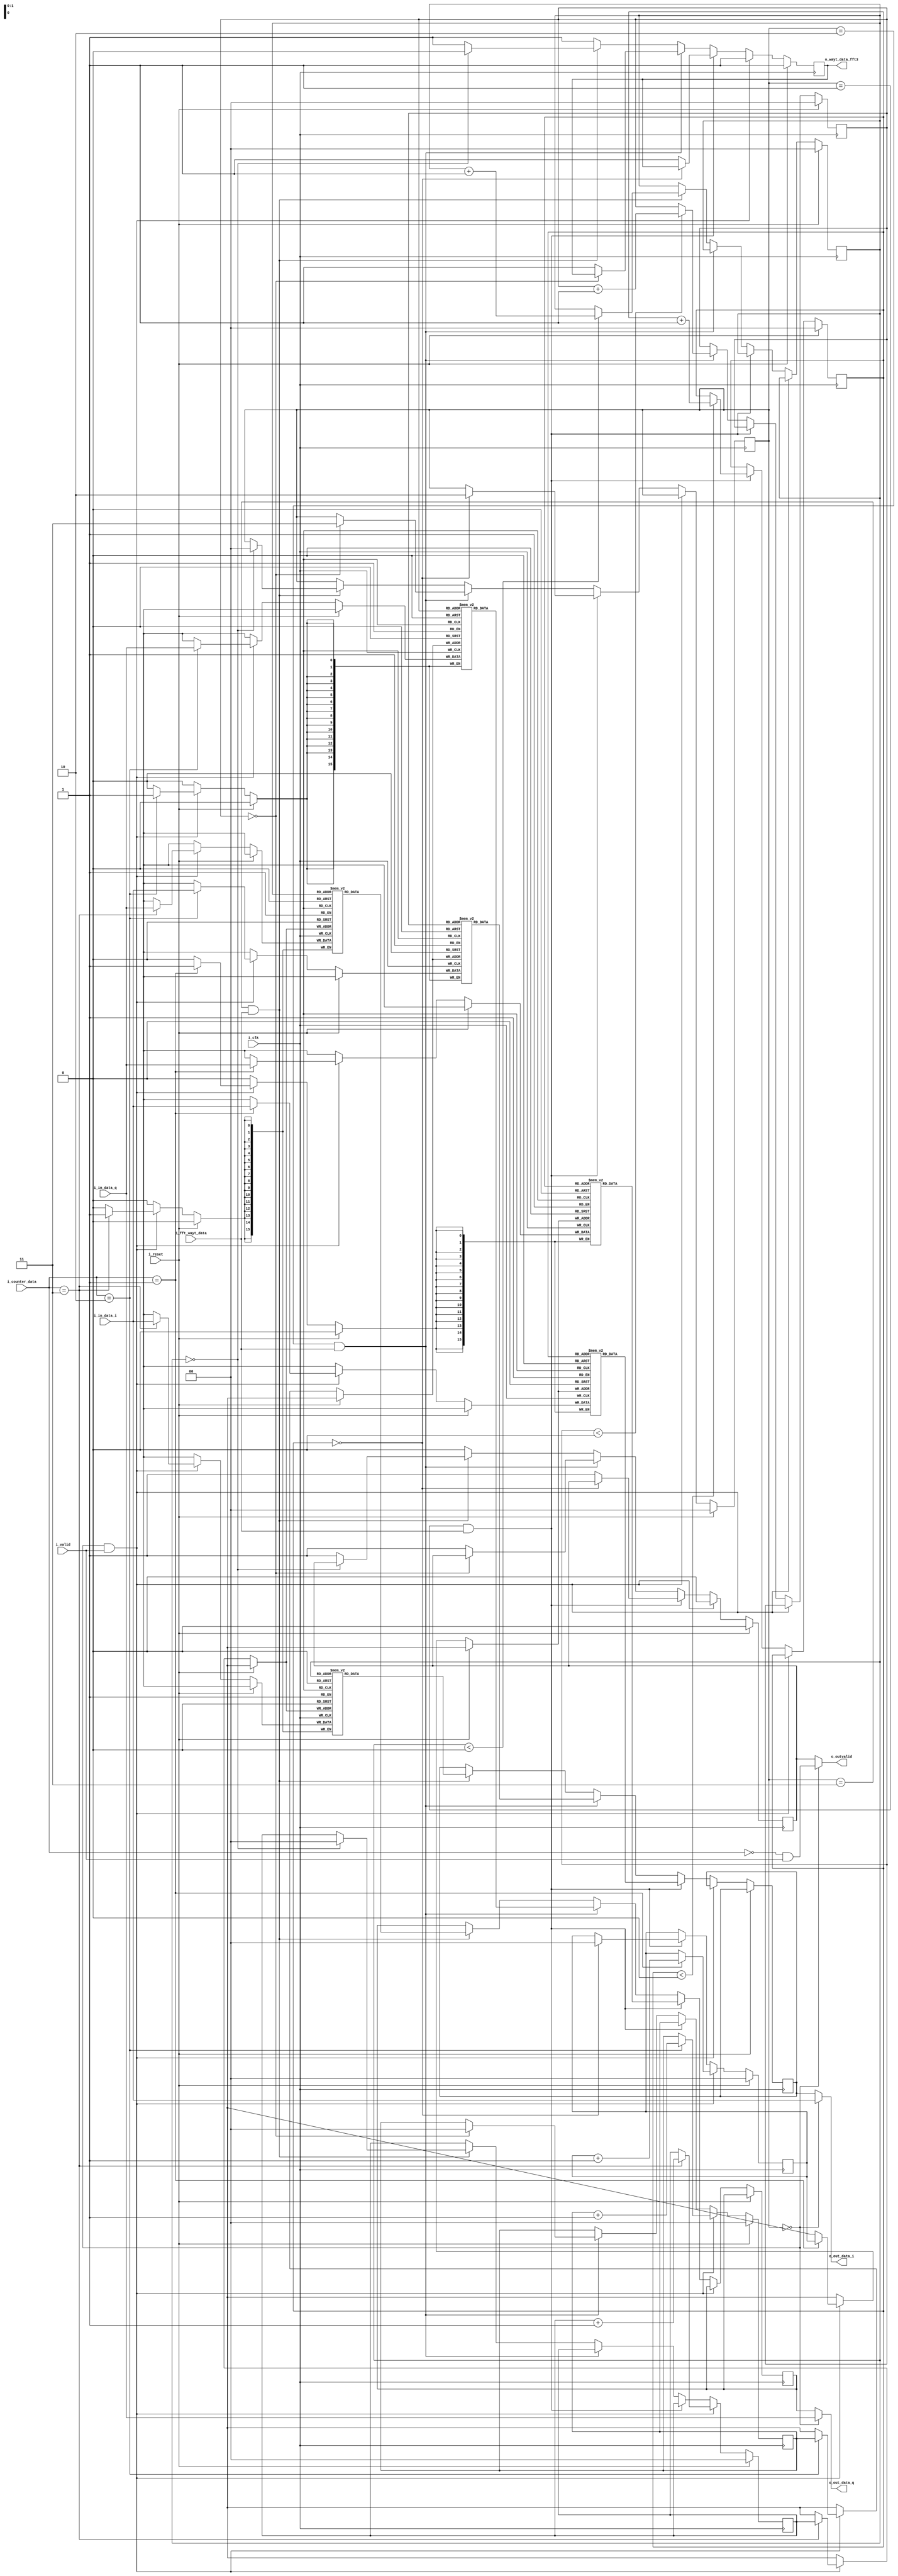
`timescale 1ns / 1ps
//////////////////////////////////////////////////////////////////////////////////
// Company: 
// Engineer: 
// 
// Design Name: 
// Module Name: interconnect_data_to_sFFT
// Project Name: 
// Target Devices: 
// Tool Versions: 
// Description: 
// 
// Dependencies: 
// 
// Revision:
// Revision 0.01 - File Created
// Additional Comments:
// 
//////////////////////////////////////////////////////////////////////////////////


module interconnect_data_to_sFFT_R4 #( parameter SIZE_BUFFER = 1,/*log2(NFFT)*/
                                    parameter DATA_FFT_SIZE = 16
                                    )
                                                                    
    (
        i_clk,
        i_reset,
        i_in_data_i,
        i_in_data_q,
        i_valid,
        i_fft_wayt_data,
        o_out_data_i,
        o_out_data_q,
        o_outvalid,
        i_counter_data,
        o_wayt_data_fft3
    );
    
    input i_clk;
    input i_reset;
    input [DATA_FFT_SIZE-1:0] i_in_data_i;
    input [DATA_FFT_SIZE-1:0] i_in_data_q;
    input i_valid;
    input i_fft_wayt_data;
    output [DATA_FFT_SIZE-1:0] o_out_data_i;
    output [DATA_FFT_SIZE-1:0] o_out_data_q;
    output o_outvalid;
    input [SIZE_BUFFER:0] i_counter_data;
    output reg o_wayt_data_fft3;//         or flag_reset_counter
    
    initial o_wayt_data_fft3 = 1;
    
    
    localparam NFFT = 1 << SIZE_BUFFER;
    
    reg [DATA_FFT_SIZE-1:0] buff1_in_data_i [NFFT/4-1:0];
    reg [DATA_FFT_SIZE-1:0] buff1_in_data_q [NFFT/4-1:0];
    
    reg [DATA_FFT_SIZE-1:0] buff2_in_data_i [NFFT/4-1:0];
    reg [DATA_FFT_SIZE-1:0] buff2_in_data_q [NFFT/4-1:0];
    
    reg [DATA_FFT_SIZE-1:0] buff3_in_data_i [NFFT/4-1:0];
    reg [DATA_FFT_SIZE-1:0] buff3_in_data_q [NFFT/4-1:0];
    
//    reg left_path = 1'b1;//FFT  
//    reg valid_right = 1'b0;
    
    reg [1:0] path = 2'b00;
    reg valid_outher_path = 1'b0;
    
    reg [DATA_FFT_SIZE-1:0] data_for_fft_i;
    reg [DATA_FFT_SIZE-1:0] data_for_fft_q;
    
    assign o_outvalid = path == 2'b00 ? ((i_counter_data[1:0] == 2'b00) & i_valid) : valid_outher_path;
    assign o_out_data_i = path == 2'b00 ? i_in_data_i : data_for_fft_i;
    assign o_out_data_q = path == 2'b00 ? i_in_data_q : data_for_fft_q;
    
    reg [SIZE_BUFFER:0] counter_resive1 = 0;
    reg [SIZE_BUFFER:0] counter_resive2 = 0;
    reg [SIZE_BUFFER:0] counter_resive3 = 0;
    reg [SIZE_BUFFER:0] counter_send1 = 0;
    reg [SIZE_BUFFER:0] counter_send2 = 0;
    reg [SIZE_BUFFER:0] counter_send3 = 0;
    
    always @(posedge i_clk)
    begin
        if(i_reset)
        begin
            counter_send1 <= 0;
            counter_send2 <= 0;
            counter_send3 <= 0;
            counter_resive1 <= 0;
            counter_resive2 <= 0;
            counter_resive3 <= 0;
            path <= 2'b00;
            valid_outher_path <= 1'b0;
            o_wayt_data_fft3 <= 1'b1;
        end
        else
        begin
            if((path == 2'b00) & i_valid)
            begin
                o_wayt_data_fft3 <= 1'b1;
                case(i_counter_data[1:0])
                    2'b01 : begin
                        buff1_in_data_i[counter_resive1] <= i_in_data_i;
                        buff1_in_data_q[counter_resive1] <= i_in_data_q;
                        counter_resive1 <= counter_resive1 + 1;
                    end
                    2'b10 : begin
                        buff2_in_data_i[counter_resive2] <= i_in_data_i;
                        buff2_in_data_q[counter_resive2] <= i_in_data_q;
                        counter_resive2 <= counter_resive2 + 1;
                    end
                    2'b11 : begin
                        buff3_in_data_i[counter_resive3] <= i_in_data_i;
                        buff3_in_data_q[counter_resive3] <= i_in_data_q;
                        counter_resive3 <= counter_resive3 + 1;
                    end
                
                endcase
                
                if((counter_resive3 == (NFFT/4-1)) && (i_counter_data[1:0] == 2'b11))
                begin
                    path <= 2'b01;
                    counter_send1 <= 0;
                    counter_send2 <= 0;
                    counter_send3 <= 0;
                end
                
                valid_outher_path <= 1'b0;
                
            end
            else if((path == 2'b01) & (i_fft_wayt_data))
            begin
                
                data_for_fft_i <= buff1_in_data_i[counter_send1];
                data_for_fft_q <= buff1_in_data_q[counter_send1];
                if(counter_send1 < (NFFT/4)) counter_send1 <= counter_send1 + 1;
                
                if(counter_send1 == (NFFT/4))
                begin
//                    wayt_data_second_NChet <= 1'b0;
                    path <= 2'b10;
//                    valid_outher_path <= 1'b0;
                    counter_resive1 <= 0;
                end
                else
                begin
                    valid_outher_path <= 1'b1;
                    o_wayt_data_fft3 <= 1'b1;
                end
            end
            else if((path == 2'b10) & (i_fft_wayt_data))
            begin
                
                data_for_fft_i <= buff2_in_data_i[counter_send2];
                data_for_fft_q <= buff2_in_data_q[counter_send2];
                if(counter_send2 < (NFFT/4)) counter_send2 <= counter_send2 + 1;
                
                if(counter_send2 == (NFFT/4))
                begin
//                    wayt_data_second_NChet <= 1'b0;
                    path <= 2'b11;
//                    valid_outher_path <= 1'b0;
                    counter_resive2 <= 0;
                end
                else
                begin
                    valid_outher_path <= 1'b1;
                    o_wayt_data_fft3 <= 1'b1;
                end
            end
            else if((path == 2'b11) & (i_fft_wayt_data))
            begin
                
                data_for_fft_i <= buff3_in_data_i[counter_send3];
                data_for_fft_q <= buff3_in_data_q[counter_send3];
                if(counter_send3 < (NFFT/4)) counter_send3 <= counter_send3 + 1;
                
                if(counter_send3 == (NFFT/4))
                begin
                    o_wayt_data_fft3 <= 1'b0;
                    path <= 2'b00;
//                    valid_outher_path <= 1'b0;
                    counter_resive3 <= 0;
                end
                else
                begin
                    valid_outher_path <= 1'b1;
                    o_wayt_data_fft3 <= 1'b1;
                end
            end
            
            else
            begin
                o_wayt_data_fft3 <= 1'b1;
                valid_outher_path <= 1'b0;
            end
        end
    end
    
    
endmodule